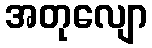
အတုလျော